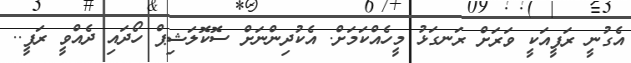
އެގުނީ ރަފީއަކީ ވަރަށް ރަނގަޅު މީހެއްކަމަށް. އެކުދިންނަށް ސޮކޮލަޝިޕް ހޯދައި ދެއްވީ ރަފީ..